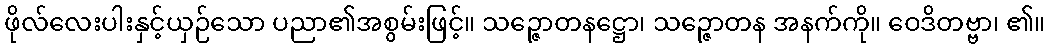
ဖိုလ်လေးပါးနှင့်ယှဉ်သော ပညာ၏အစွမ်းဖြင့်။ သဉ္ဇောတနဋ္ဌော၊ သဉ္ဇောတန အနက်ကို။ ဝေဒိတဗ္ဗာ၊ ၏။